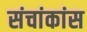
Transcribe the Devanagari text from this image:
संचांकांस